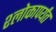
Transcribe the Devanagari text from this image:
श्लोकापर्यंत